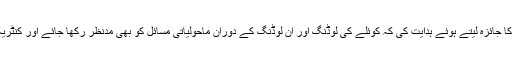
چیئرمین قائمہ کمیٹی نے اجلاس میں ریلوے کی طرف سے کوئلے کی ٹرانسپورٹیشن کے طریقہ کار کا جائزہ لیتے ہوئے ہدایت کی کہ کوئلے کی لوڈنگ اور ان لوڈنگ کے دوران ماحولیاتی مسائل کو بھی مدنظر رکھا جائے اور کنٹریکٹرز کو بھی اس بات کا پابند بنایا جائے جبکہ ریلوے اپنے ایس او پیز میں اس معاملہ کو شامل کرے۔